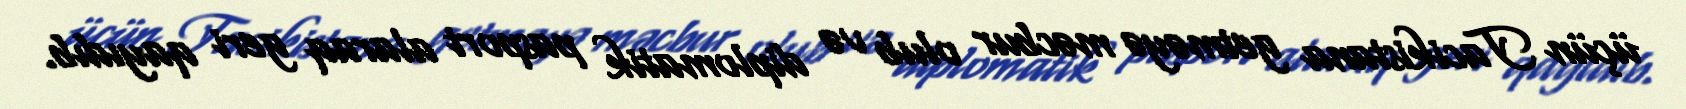
üçün Tacikistana getməyə məcbur olub və diplomatik pasport alaraq geri qayıdıb.